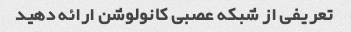
تعریفی از شبکه عصبی کانولوشن ارائه دهید